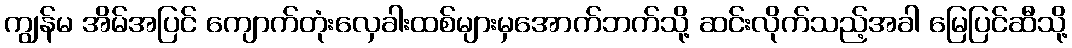
ကျွန်မ အိမ်အပြင် ကျောက်တုံးလှေခါးထစ်များမှအောက်ဘက်သို့ ဆင်းလိုက်သည့်အခါ မြေပြင်ဆီသို့